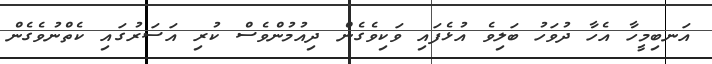
އަނބިމީހާ އެހާ ދުވަހު ބަލިވެ އުޅެފައި ވަކިވެގެން ދިއުމުންވެސް ކުރި އަސަރުގައި ކެތްނުވެގެން